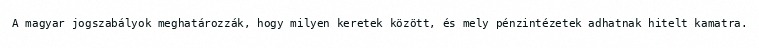
A magyar jogszabályok meghatározzák, hogy milyen keretek között, és mely pénzintézetek adhatnak hitelt kamatra.